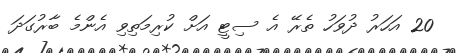
20 އަހަރު ދުވަހު ތެރޭ އެ ސިޓީ އަށް ކުރިމަތިވި އެންމެ ބާރުގަދަ